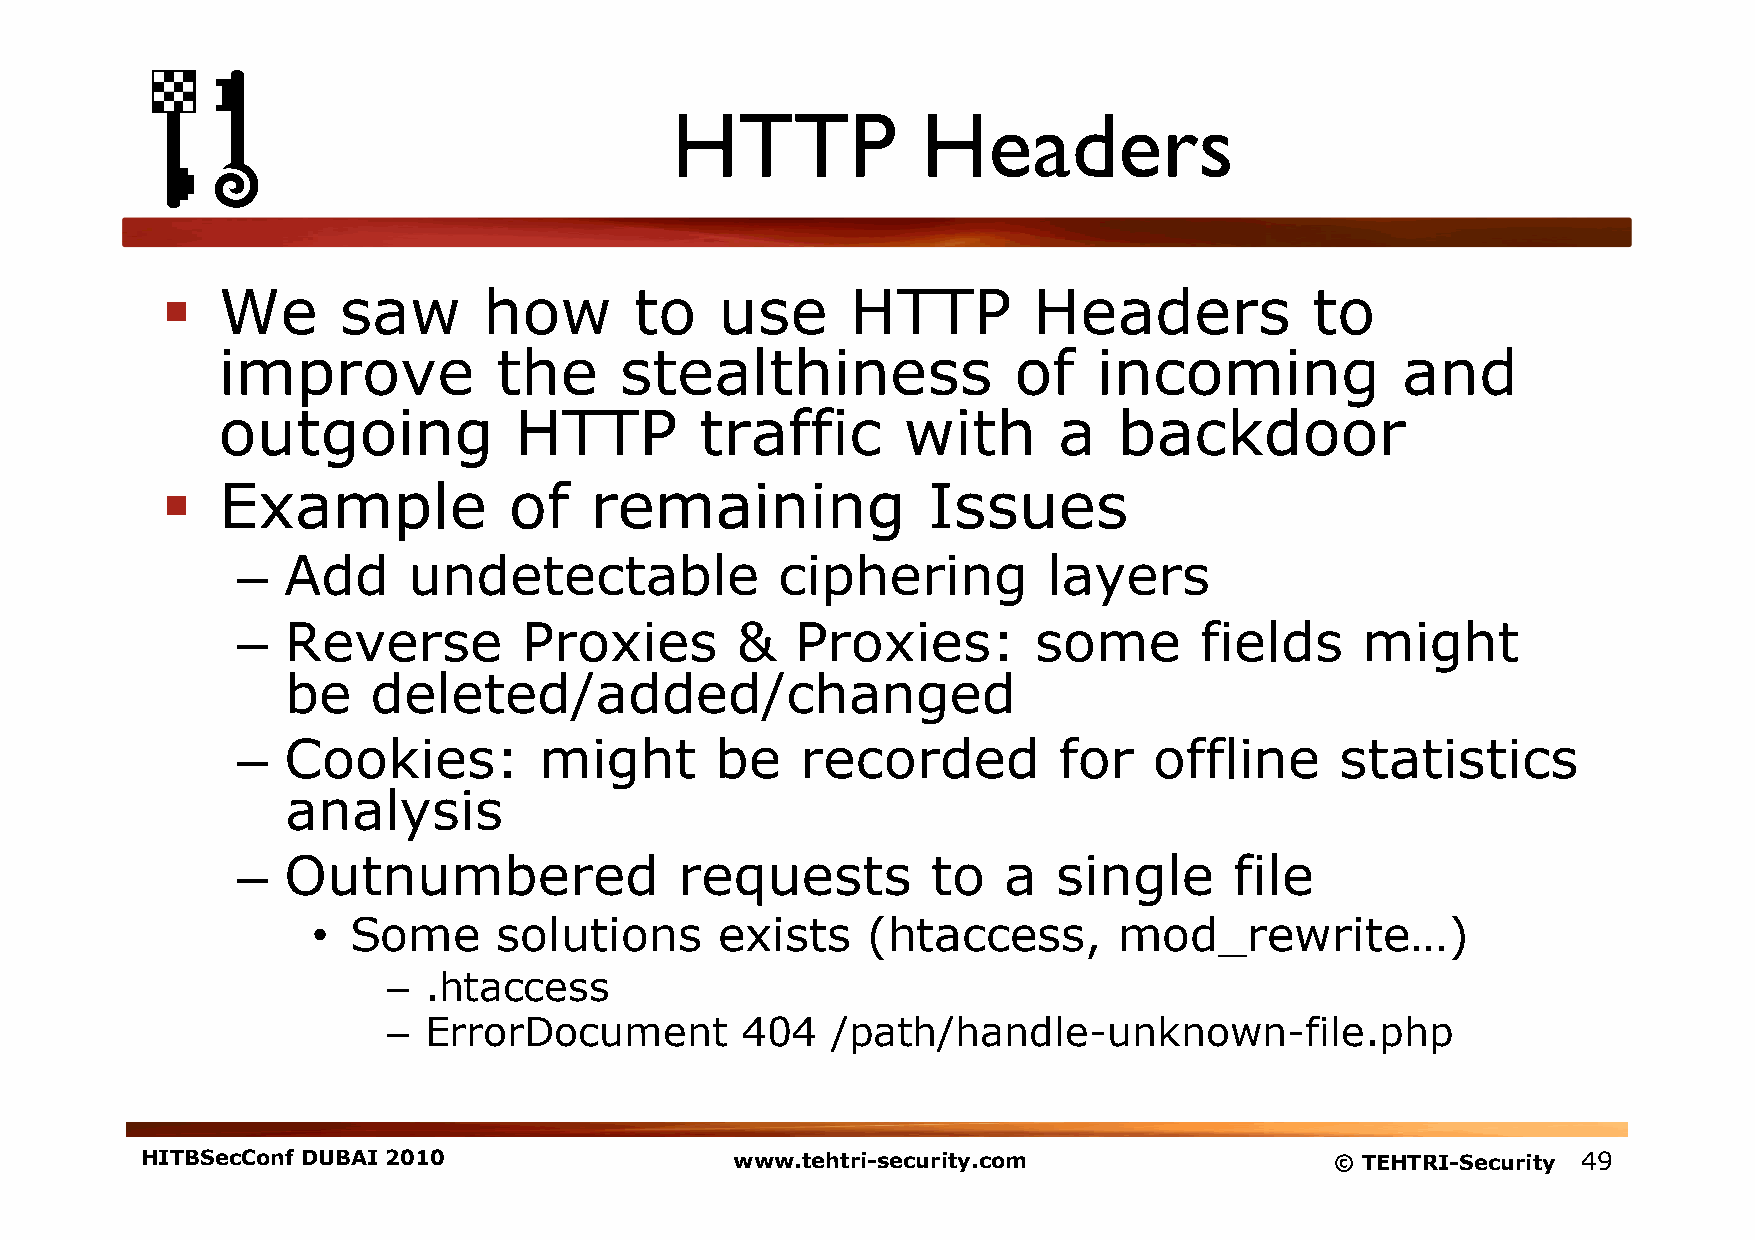
HTTP             Headers
   We      saw       how       to    use     HTTP        Headers            to
 improve            the     stealthiness              of    incoming            and
 outgoing            HTTP        traffic       with      a   backdoor
   Example             of   remaining             Issues
 –  Add     undetectable            ciphering         layers
 –  Reverse        Proxies        &   Proxies:       some       fields     might
 be    deleted/added/changed
 –  Cookies:         might      be    recorded         for   offline      statistics
 analysis
 –  Outnumbered               requests         to  a   single      file
 • Some      solutions      exists   (htaccess,       mod_rewrite…)
 – .htaccess
 – ErrorDocument        404   /path/handle-unknown-file.php
 HITBSecConf DUBAI 2010                  www.tehtri-security.com                © TEHTRI-Security 49